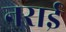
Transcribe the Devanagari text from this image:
नराई